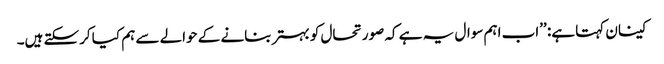
کینان کہتا ہے: ’’اب اہم سوال یہ ہے کہ صورتحال کو بہتر بنانے کے حوالے سے ہم کیا کرسکتے ہیں۔